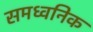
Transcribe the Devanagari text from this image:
समध्वनिक